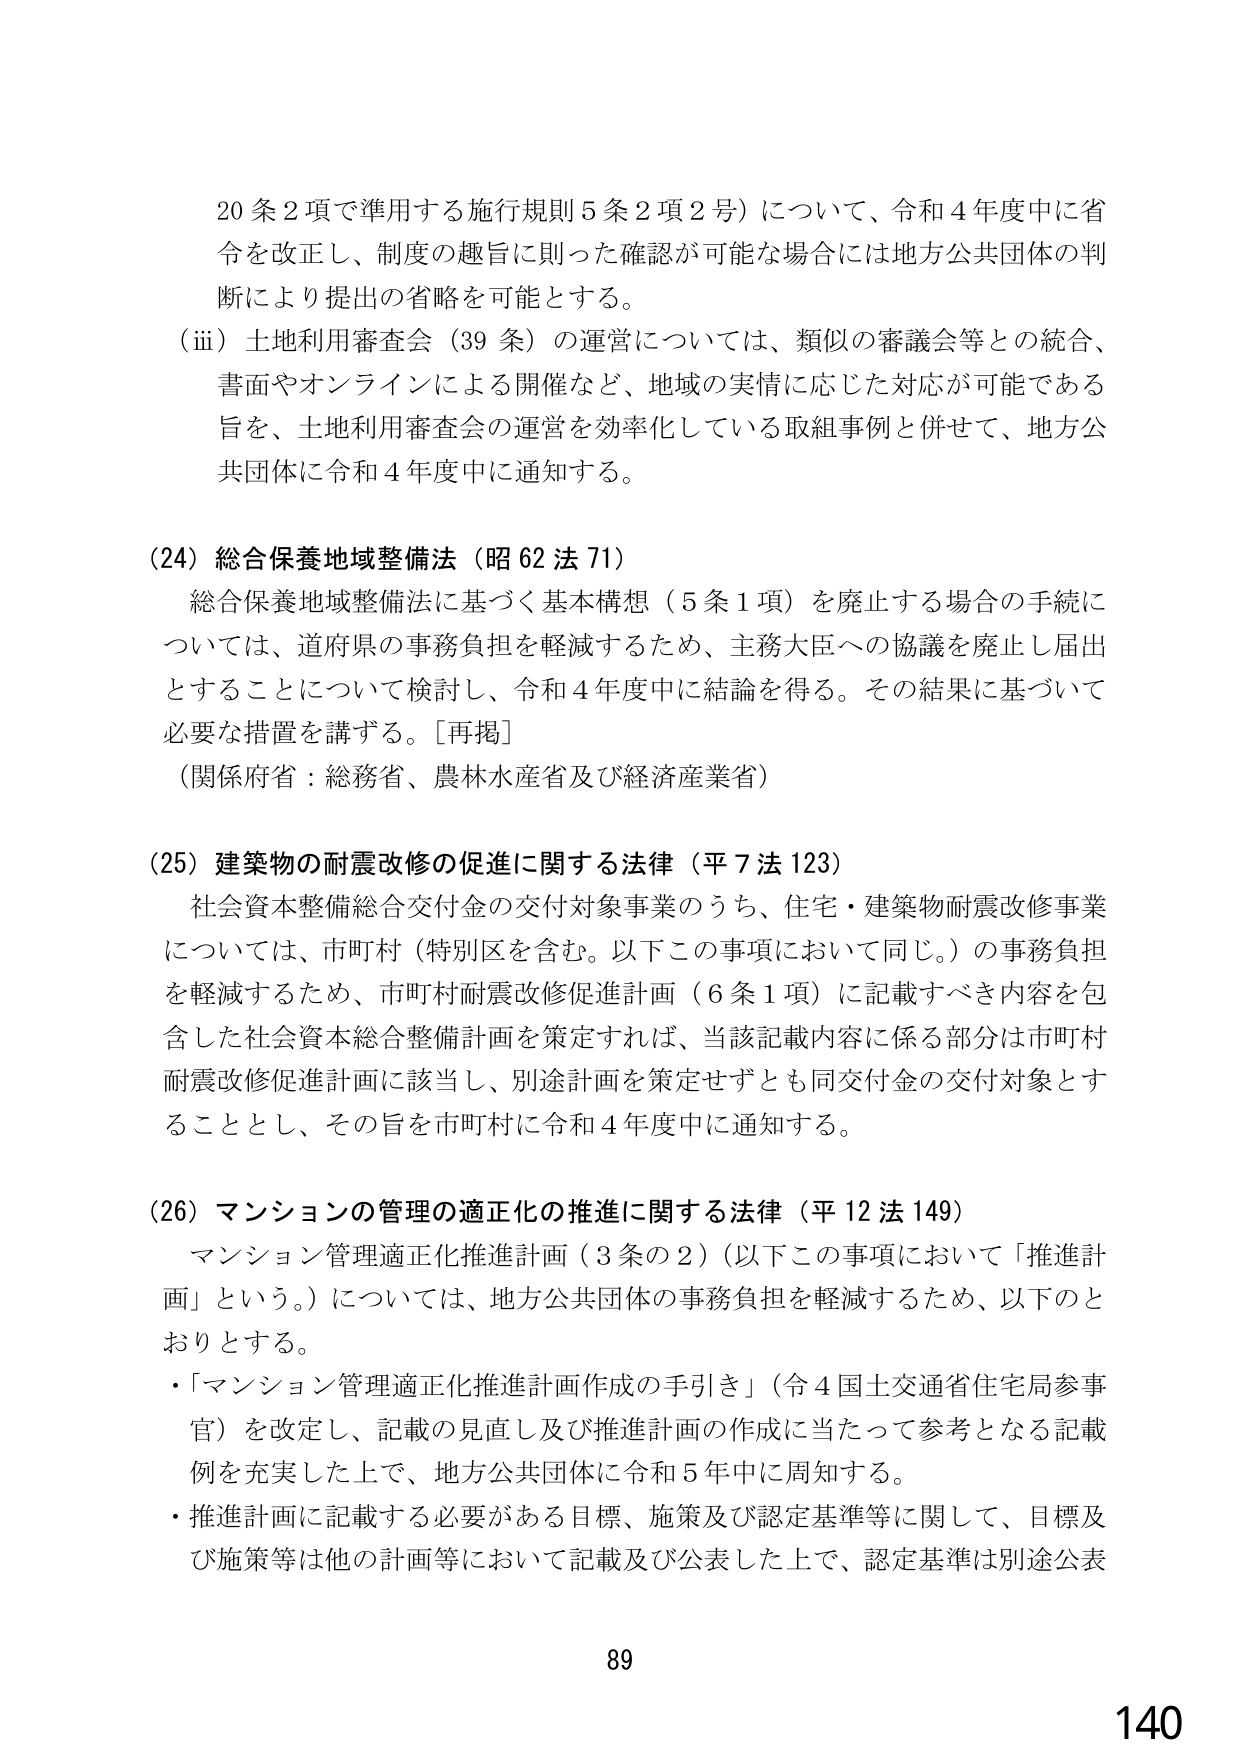
20条2項で準用する施行規則5条2項2号）について、令和4年度中に省令を改正し、制度の趣旨に則った確認が可能な場合には地方公共団体の判断により提出の省略を可能とする。

（iii）土地利用審査会（39条）の運営については、類似の審議会等との統合、書面やオンラインによる開催など、地域の実情に応じた対応が可能である旨を、土地利用審査会の運営を効率化している取組事例と併せて、地方公共団体に令和4年度中に通知する。

（24）総合保養地域整備法（昭62法71）
総合保養地域整備法に基づく基本構想（5条1項）を廃止する場合の手続については、道府県の事務負担を軽減するため、主務大臣への協議を廃止し届出とすることについて検討し、令和4年度中に結論を得る。その結果に基づいて必要な措置を講ずる。［再掲］
（関係府省：総務省、農林水産省及び経済産業省）

（25）建築物の耐震改修の促進に関する法律（平7法123）
社会資本整備総合交付金の交付対象事業のうち、住宅・建築物耐震改修事業については、市町村（特別区を含む。以下この事項において同じ。）の事務負担を軽減するため、市町村耐震改修促進計画（6条1項）に記載すべき内容を包含した社会資本総合整備計画を策定すれば、当該記載内容に係る部分は市町村耐震改修促進計画に該当し、別途計画を策定せずとも同交付金の交付対象とすることとし、その旨を市町村に令和4年度中に通知する。

（26）マンションの管理の適正化の推進に関する法律（平12法149）
マンション管理適正化推進計画（3条の2）（以下この事項において「推進計画」という。）については、地方公共団体の事務負担を軽減するため、以下のとおりとする。
・「マンション管理適正化推進計画作成の手引き」（令4国土交通省住宅局参事官）を改定し、記載の見直し及び推進計画の作成に当たって参考となる記載例を充実した上で、地方公共団体に令和5年中に周知する。
・推進計画に記載する必要がある目標、施策及び認定基準等に関して、目標及び施策等は他の計画等において記載及び公表した上で、認定基準は別途公表

89
140